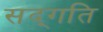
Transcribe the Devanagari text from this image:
सद्‍गति